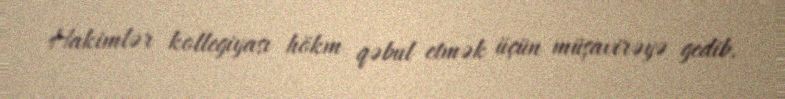
Hakimlər kollegiyası hökm qəbul etmək üçün müşavirəyə gedib.